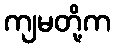
ကျမတို့က